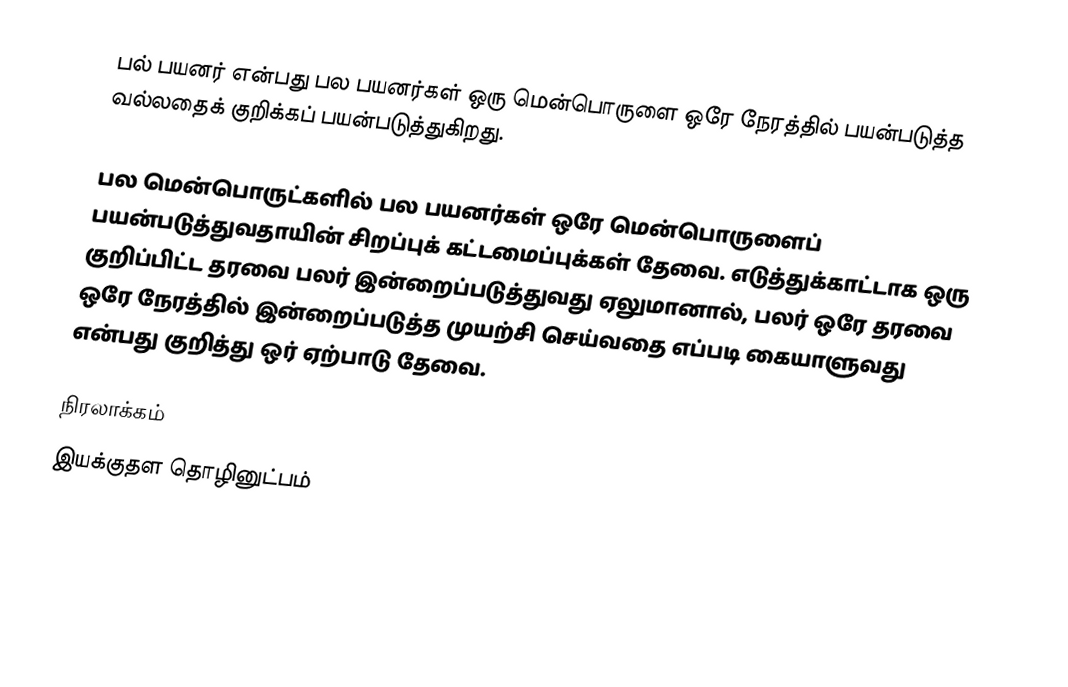
பல் பயனர் என்பது பல பயனர்கள் ஒரு மென்பொருளை ஒரே நேரத்தில் பயன்படுத்த வல்லதைக் குறிக்கப் பயன்படுத்துகிறது.

பல மென்பொருட்களில் பல பயனர்கள் ஒரே மென்பொருளைப் பயன்படுத்துவதாயின் சிறப்புக் கட்டமைப்புக்கள் தேவை.  எடுத்துக்காட்டாக ஒரு குறிப்பிட்ட தரவை பலர் இன்றைப்படுத்துவது ஏலுமானால், பலர் ஒரே தரவை ஒரே நேரத்தில் இன்றைப்படுத்த முயற்சி செய்வதை எப்படி கையாளுவது என்பது குறித்து ஒர் ஏற்பாடு தேவை.

நிரலாக்கம்
இயக்குதள தொழினுட்பம்